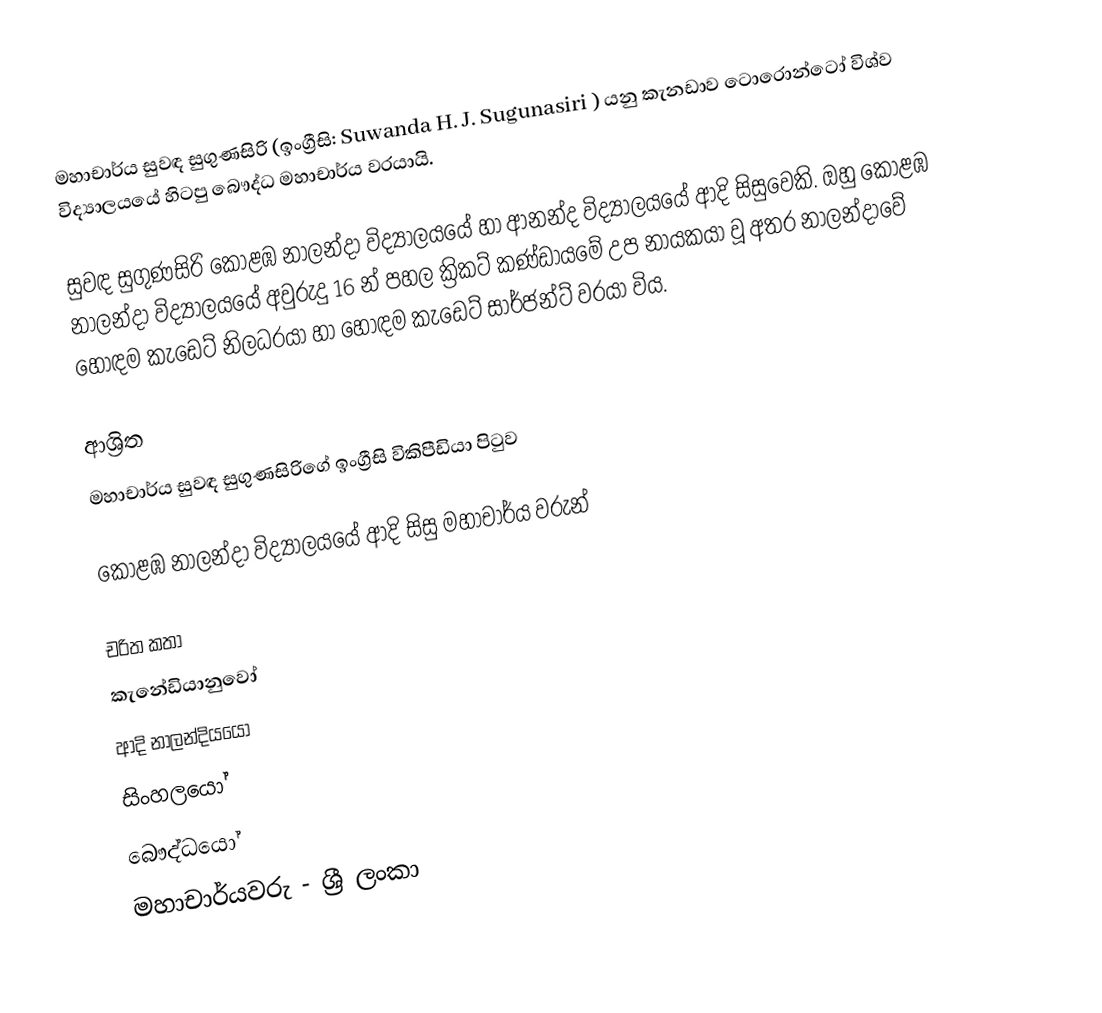
මහාචාර්ය සුවඳ සුගුණසිරි (ඉංග්‍රීසි: Suwanda H. J. Sugunasiri ) යනු  කැනඩාව ටොරොන්ටෝ විශ්ව විද්‍යාලයයේ හිටපු බෞද්ධ මහාචාර්ය වරයායි.

සුවඳ සුගුණසිරි  කොළඹ නාලන්දා විද්‍යාලයයේ හා ආනන්ද විද්‍යාලයයේ ආදි සිසුවෙකි. ඔහු කොළඹ නාලන්දා විද්‍යාලයයේ අවුරුදු 16 න් පහල ක්‍රිකට් කණ්ඩායමේ උප නායකයා වූ අතර නාලන්දාවේ හොඳම කැඩෙට් නිලධරයා හා හොඳම කැඩෙට් සාර්ජන්ට් වරයා විය.

ආශ්‍රිත
  මහාචාර්ය සුවඳ සුගුණසිරිගේ ඉංග්‍රීසි විකිපීඩියා පිටුව

 කොළඹ නාලන්දා විද්‍යාලයයේ ආදි සිසු මහාචාර්ය වරුන්

චරිත කතා
කැනේඩියානුවෝ
ආදි නාලන්දියයෝ
සිංහලයෝ
බෞද්ධයෝ
මහාචාර්යවරු - ශ්‍රී ලංකා